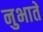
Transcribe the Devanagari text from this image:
नुभाते